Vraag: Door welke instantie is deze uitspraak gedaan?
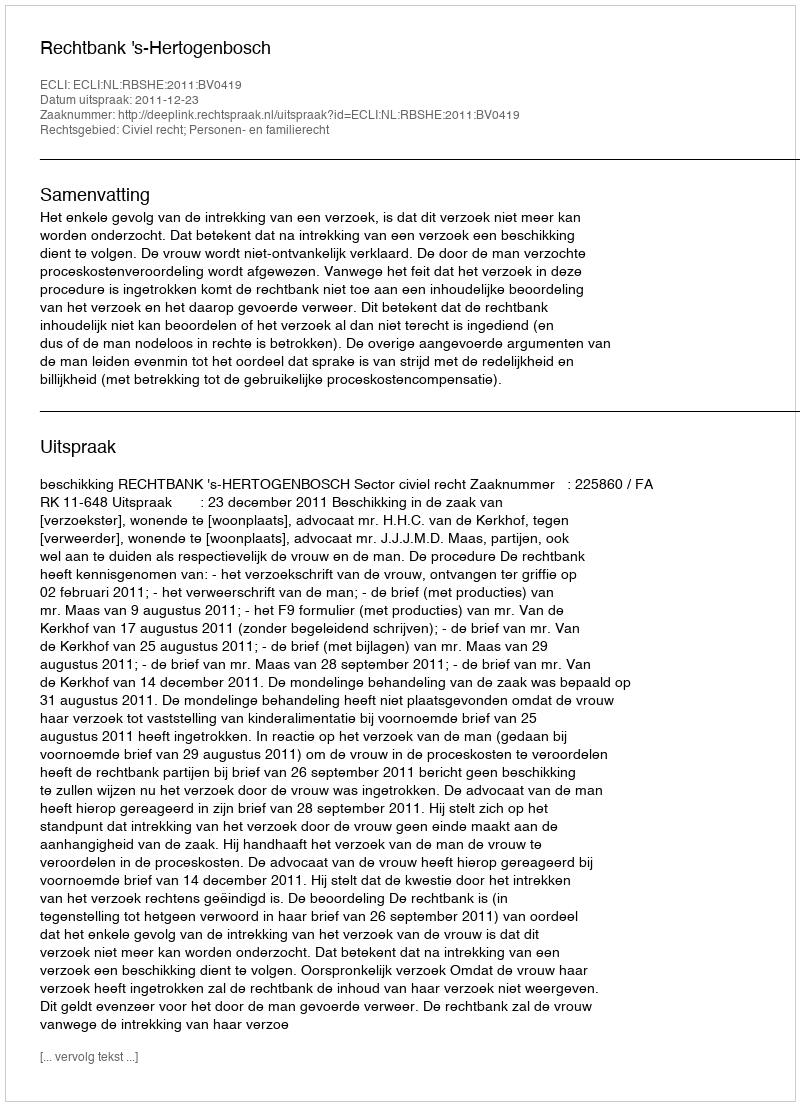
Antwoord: Rechtbank 's-Hertogenbosch